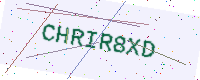
Text: CHRIR8XD